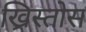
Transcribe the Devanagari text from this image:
ख्रिस्‍तोस